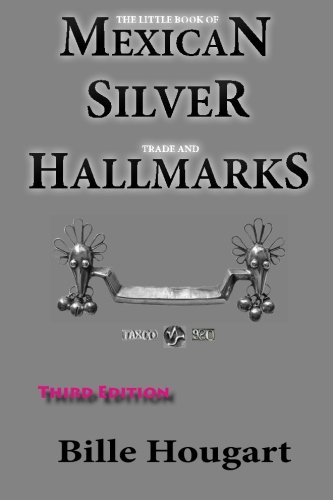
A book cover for The Little Book of Mexican Silver Trade and Hallmarks; Mr. Bille Hougart; Crafts, Hobbies & Home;